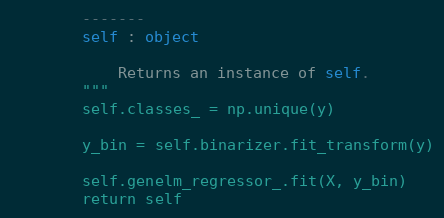
Language: Python
        -------
        self : object

            Returns an instance of self.
        """
        self.classes_ = np.unique(y)

        y_bin = self.binarizer.fit_transform(y)

        self.genelm_regressor_.fit(X, y_bin)
        return self